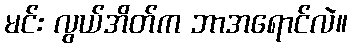
မင်း လွယ်အိတ်က ဘာအရောင်လဲ။